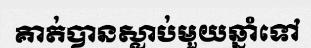
គាត់បានស្លាប់មួយឆ្នាំទៅ